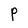
Character: P